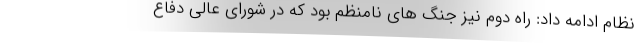
نظام ادامه داد: راه دوم نیز جنگ های نامنظم بود که در شورای عالی دفاع